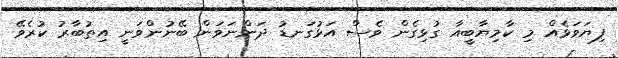
ފިޔަވަޅެއް މި ކާމިޔާބީއާ ގުޅިގެން ވެސް އަޅުގަނޑު ދަންނަވަން ބޭނުންވަނީ އިތުބާރު ކުރެވޭ